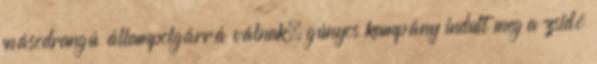
másodrangú állampolgárrá válnak. gúnyos kampány indult meg a zsidó